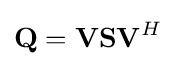
\mathbf {Q} =\mathbf {VSV} ^{H}